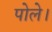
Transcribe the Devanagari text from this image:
पोले।